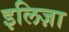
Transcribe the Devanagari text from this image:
इलिज़ा